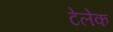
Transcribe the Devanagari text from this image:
टेलेक